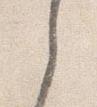
之